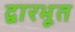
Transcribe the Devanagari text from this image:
द्वारभूत